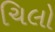
ચિલો